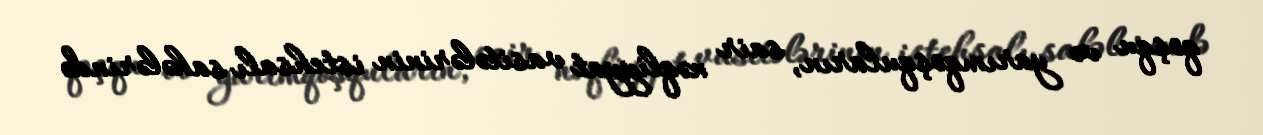
qoşqu və yarımqoşquların, sair nəqliyyat vasitələrinin istehsalı sahələrində